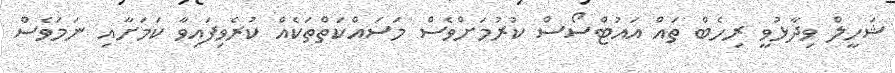
ޝަހީލް ވިދާޅުވީ ރިހެބް ތައް އައުޓްސޯސް ކުރުމަށްވެސް މަސައްކަތްތަކެއް ކުރެވިފައިވާ ކަމަށާއި ނަމަވެސް